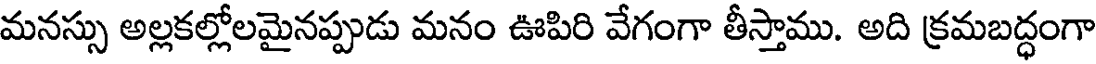
మనస్సు అల్లకల్లోలమైనప్పుడు మనం ఊపిరి వేగంగా తీస్తాము. అది క్రమబద్ధంగా